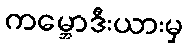
ကမ္ဘောဒီးယားမှ